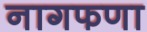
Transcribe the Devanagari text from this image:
नागफणा